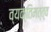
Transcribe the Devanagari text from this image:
व्यक्‍तिमत्त्व